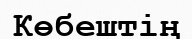
Көбештің